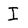
Character: I